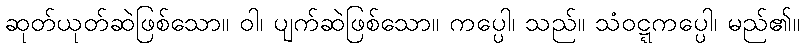
ဆုတ်ယုတ်ဆဲဖြစ်သော။ ဝါ၊ ပျက်ဆဲဖြစ်သော။ ကပ္ပေါ၊ သည်။ သံဝဋ္ဋကပ္ပေါ၊ မည်၏။